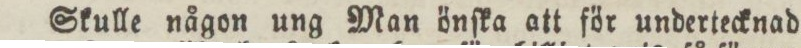
Skulle någon ung Man önſka att för undertecknad